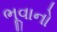
ભૂવાનો